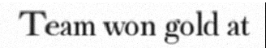
Team won gold at